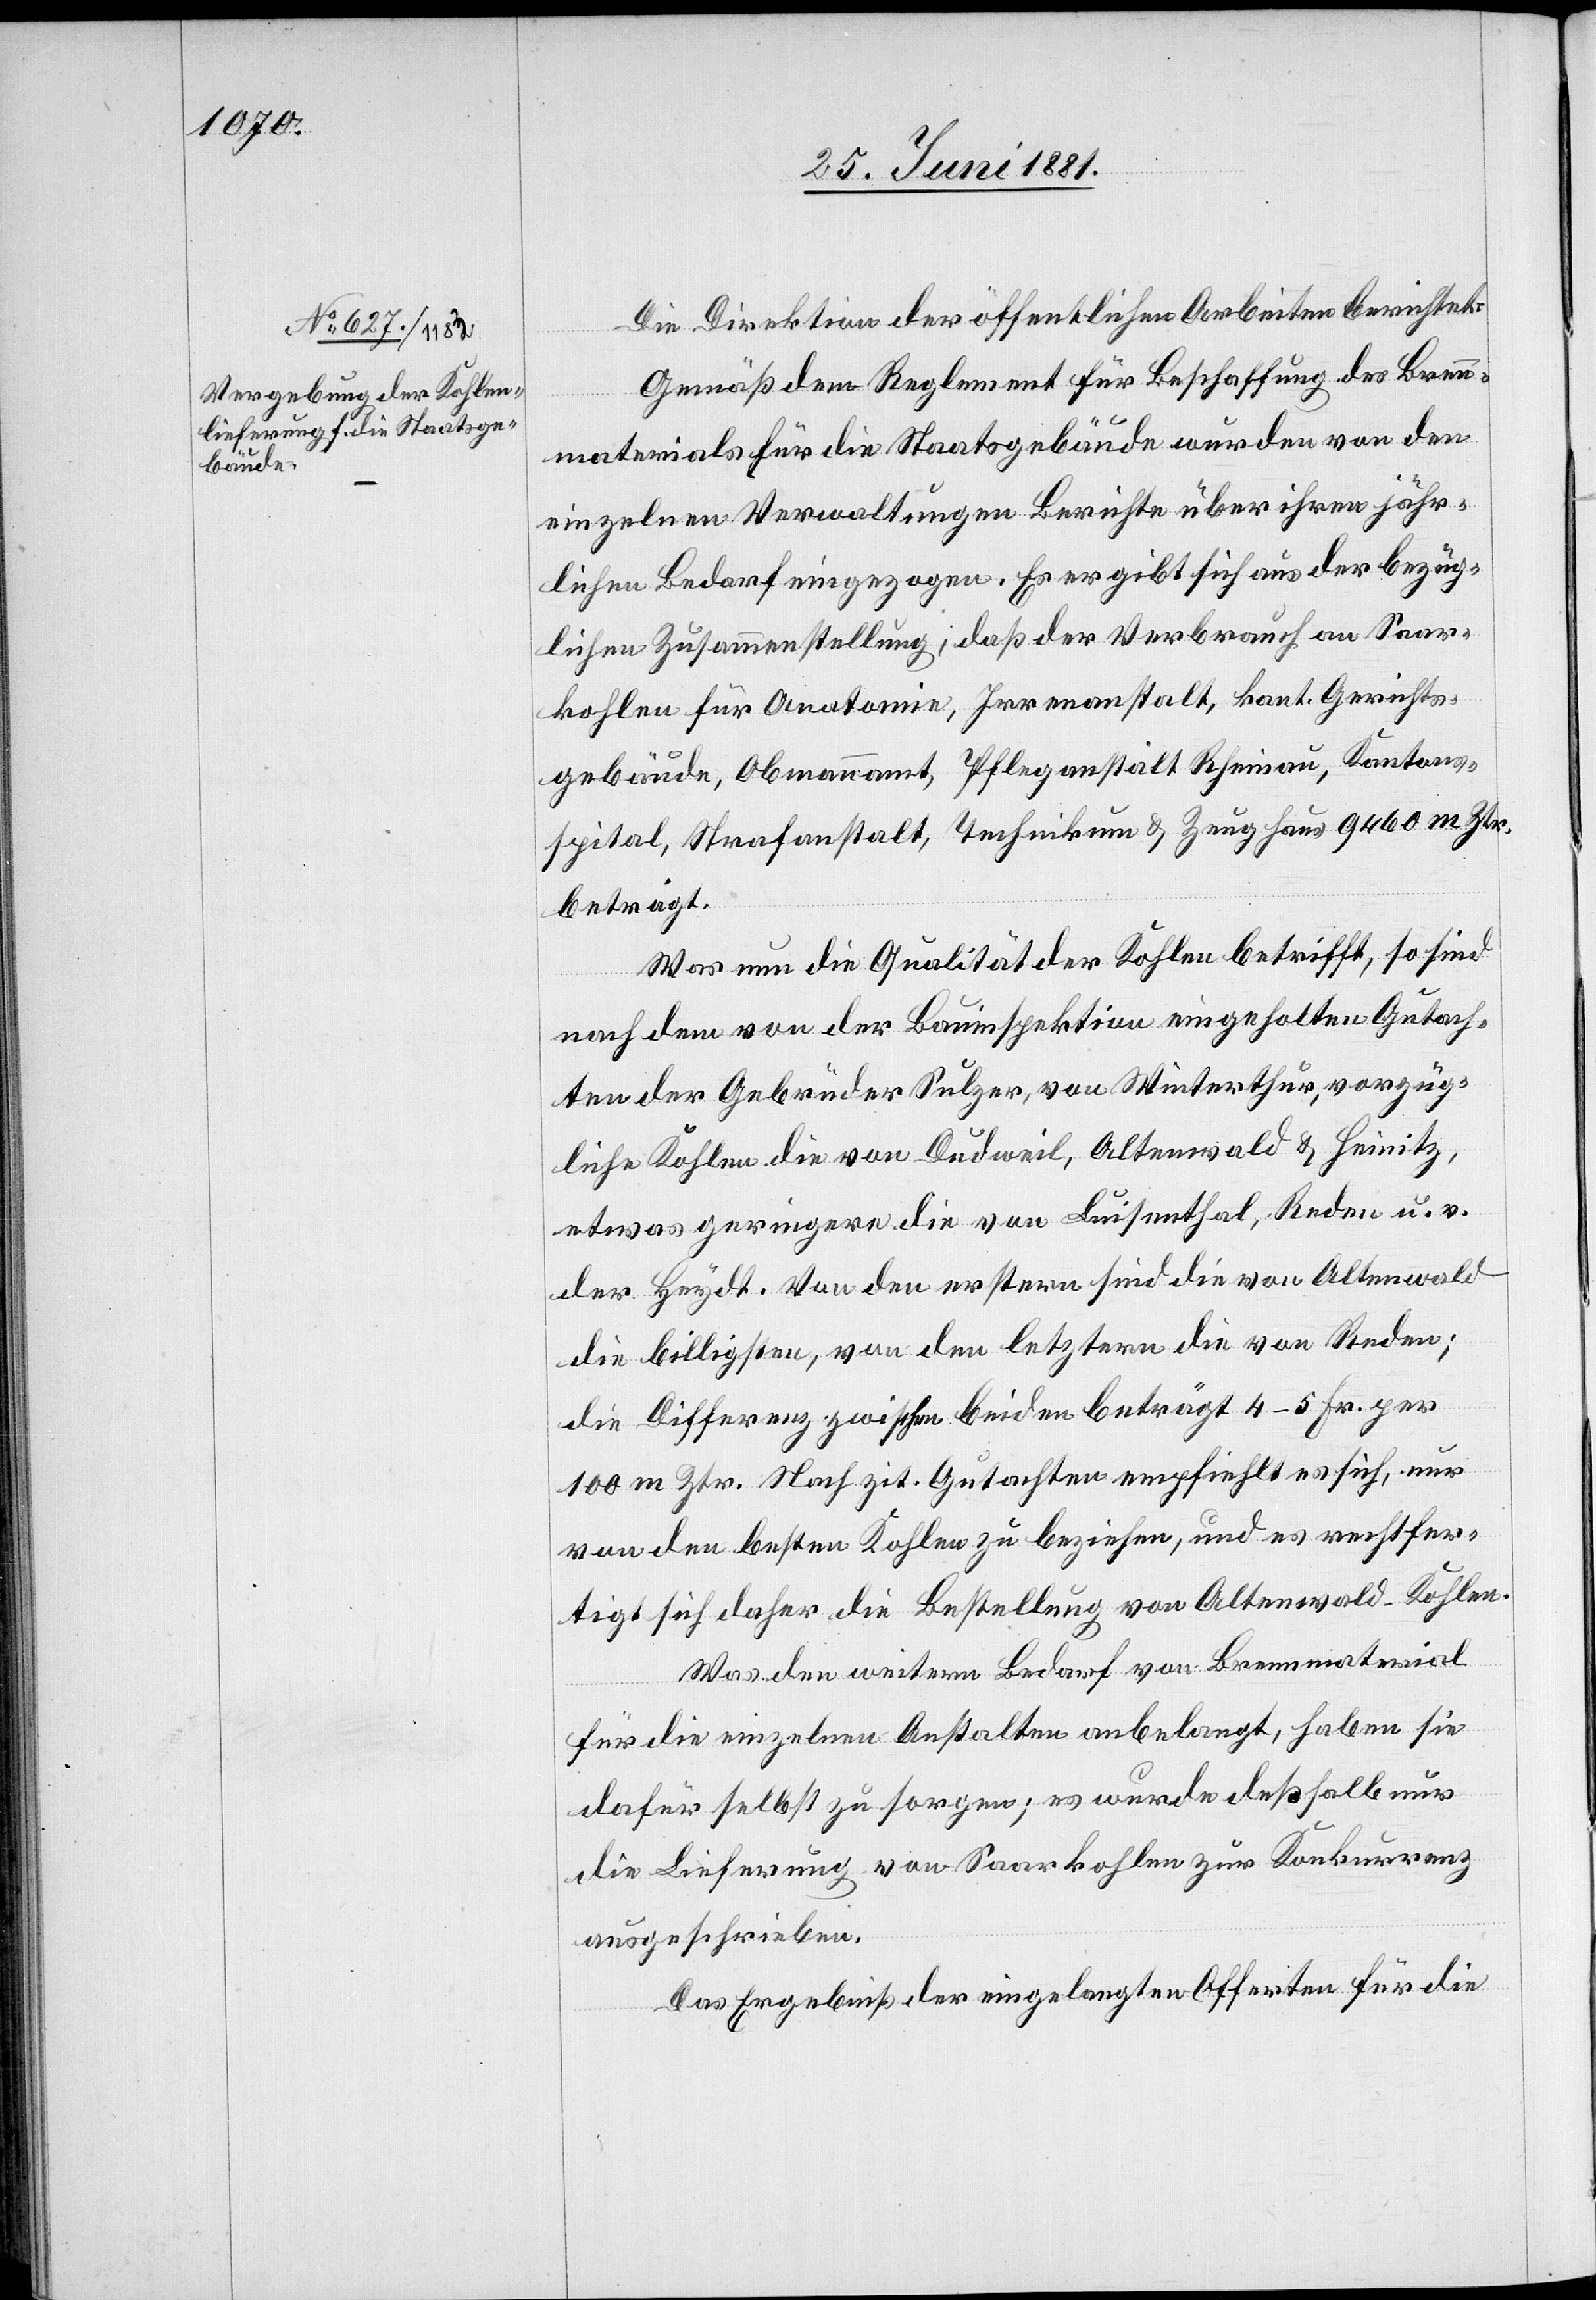
Die Direktion der öffentlichen Arbeiten berichtet:
Gemäß dem Reglement für Beschaffung des Bren¬
nmaterials für die Staatsgebäude wurden von den
einzelnen Verwaltungen Berichte über ihren jähr¬
lichen Bedarf eingezogen. Es ergibt sich aus der bezüg¬
lichen Zusammenstellung, daß der Verbrauch an Saar¬
kohlen für Anatomie, Irrenanstalt, kant. Gerichts¬
gebäude, Obmannamt, Pflegeanstalt Rheinau, Kantons¬
spital, Strafanstalt, Technikum & Zeughaus 9460 m Ztr.
beträgt.
Was nun die Qualität der Kohlen betrifft, so sind
nach den von der Bauinspektion eingeholten Gutach¬
ten der Gebrüder Sulzer, von Winterthur, vorzüg¬
liche Kohlen die von Dudweil, Altenwald & Heinitz,
etwas geringere die von Luisenthal, Reden u. v.
der Heydt. Von den erstern sind die von Altenwald
die billigsten, von den letztern die von Reden;
die Differenz zwischen beiden beträgt 4–5 Fr. per
100 m Ztr. Nach zit. Gutachten empfiehlt es sich, nur
von den besten Kohlen zu beziehen, und es rechtfer¬
tigt sich daher die Bestellung von Altenwald-Kohlen.
Was den weitern Bedarf von Brennmaterial
für die einzelnen Anstalten anbelangt, haben sie
dafür selbst zu sorgen; es wurde deßhalb nur
die Lieferung von Saarkohlen zur Konkurrenz
ausgeschrieben.
Das Ergebniß der eingelegten Offerten für die